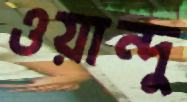
ওয়ান্দু